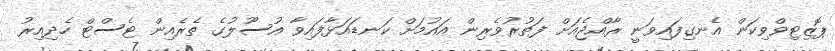
ޕޮޒިޓިވްވިކަން އެނގިފައިވަނީ ރާއްޖެއަށް ފަތުރުވެރިން އައުމަށް ކަނޑައަޅާފައިވާ އުސޫލުގެ ތެރެއިން ޓެސްޓް ހެދިއިރު